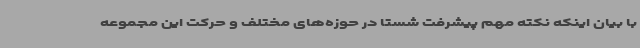
با بیان اینکه نکته مهم پیشرفت شستا در حوزه‌های مختلف و حرکت این مجموعه